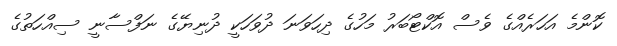
ކޮންމެ އަހަރެއްގެ ވެސް އޮކްޓޯބަރު މަހުގެ ދިހަވަނަ ދުވަހަކީ ދުނިޔޭގެ ނަފްސާނީ ސިއްހަތުގެ